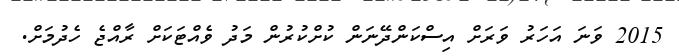
2015 ވަނަ އަހަރު ވަރަށް އިސްކަންދޭނަން ކުށްކުރުން މަދު ވެއްޓަކަށް ރާއްޖެ ހެދުމަށް.